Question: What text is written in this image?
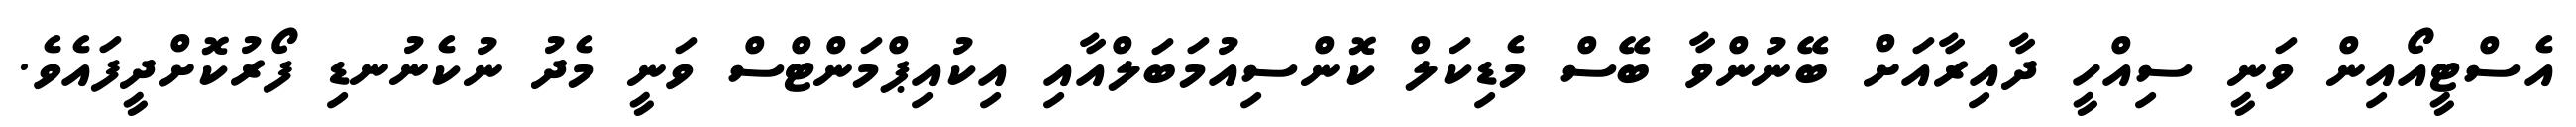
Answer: އެސްޓީއޯއިން ވަނީ ސިއްހީ ދާއިރާއަށް ބޭނުންވާ ބޭސް މެޑިކަލް ކޮންސިއުމަބަލްއާއި އިކުއިޕްމަންޓްސް ވަނީ މެދު ނުކެނުނޑި ފޯރުކޮށްދީފައެވެ.